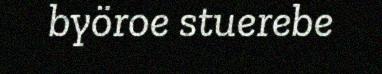
byöroe stuerebe